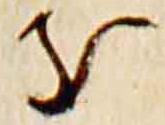
支